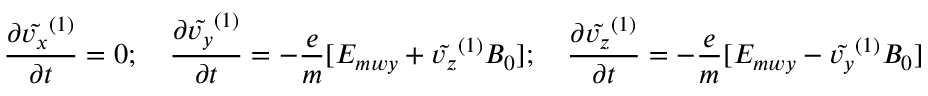
\frac { \partial \tilde { v _ { x } } ^ { ( 1 ) } } { \partial t } = 0 ; \quad \frac { \partial \tilde { v _ { y } } ^ { ( 1 ) } } { \partial t } = - \frac { e } { m } [ E _ { m w y } + \tilde { v _ { z } } ^ { ( 1 ) } B _ { 0 } ] ; \quad \frac { \partial \tilde { v _ { z } } ^ { ( 1 ) } } { \partial t } = - \frac { e } { m } [ E _ { m w y } - \tilde { v _ { y } } ^ { ( 1 ) } B _ { 0 } ]